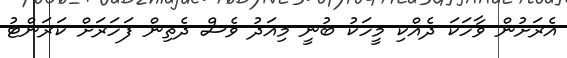
އެރަށުން ވާހަކަ ދެއްކި މީހަކު ބުނީ މިއަދު ވެސް ދެތިން ފަހަރަށް ކަރަންޓު